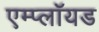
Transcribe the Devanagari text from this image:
एम्प्लॉयड